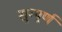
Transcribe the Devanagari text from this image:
सुम्पूर्ण